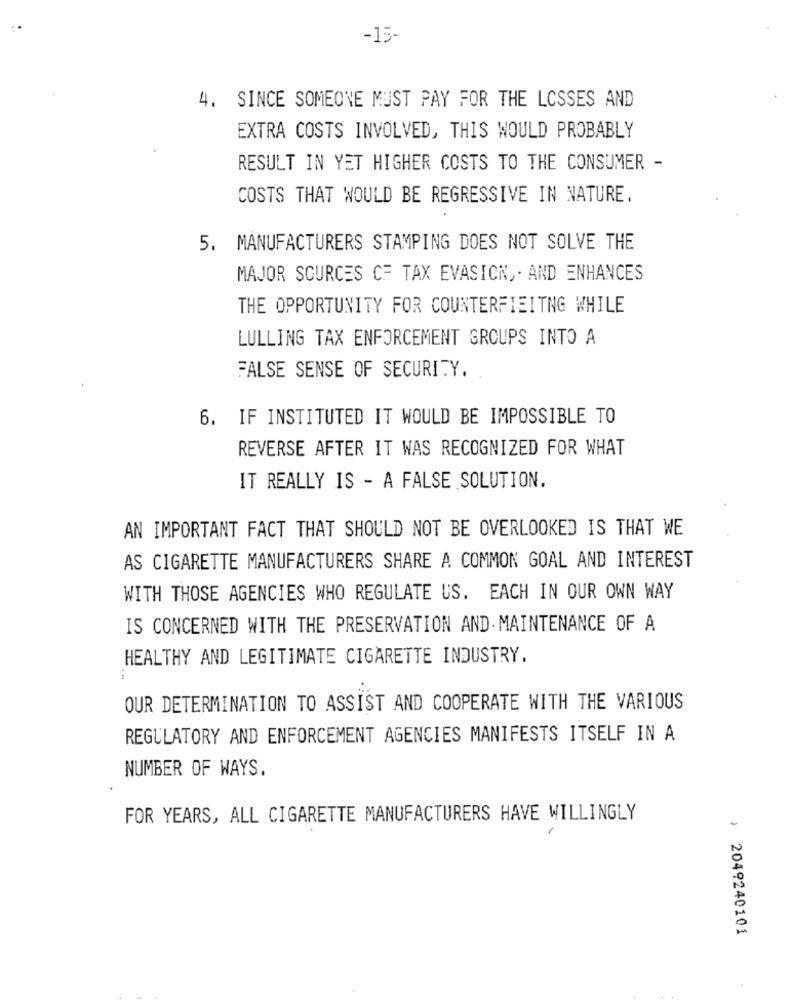
-15-
4. SINCE SOMEONE MUST PAY FOR THE LOSSES AND
EXTRA COSTS INVOLVED, THIS WOULD PROBABLY
RESULT IN YET HIGHER COSTS TO THE CONSUMER -
COSTS THAT WOULD BE REGRESSIVE IN NATURE.
5. MANUFACTURERS STAMPING DOES NOT SOLVE THE
MAJOR SOURCES CF TAX EVASION ,. AND ENHANCES
THE OPPORTUNITY FOR COUNTERFIEITNG WHILE
LULLING TAX ENFORCEMENT GROUPS INTO A
FALSE SENSE OF SECURITY.
6. IF INSTITUTED IT WOULD BE IMPOSSIBLE TO
REVERSE AFTER IT WAS RECOGNIZED FOR WHAT
IT REALLY IS - A FALSE SOLUTION.
AN IMPORTANT FACT THAT SHOULD NOT BE OVERLOOKED IS THAT WE
AS CIGARETTE MANUFACTURERS SHARE A COMMON GOAL AND INTEREST
WITH THOSE AGENCIES WHO REGULATE US. EACH IN OUR OWN WAY
IS CONCERNED WITH THE PRESERVATION AND MAINTENANCE OF A
HEALTHY AND LEGITIMATE CIGARETTE INDUSTRY.
OUR DETERMINATION TO ASSIST AND COOPERATE WITH THE VARIOUS
REGULATORY AND ENFORCEMENT AGENCIES MANIFESTS ITSELF IN A
NUMBER OF WAYS.
FOR YEARS, ALL CIGARETTE MANUFACTURERS HAVE WILLINGLY
, 2049240101